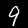
Label: 9